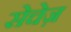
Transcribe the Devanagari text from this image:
सेचेज़